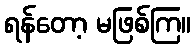
ရန်တော့ မဖြစ်ကြ။